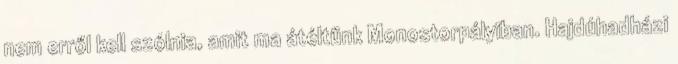
nem erről kell szólnia, amit ma átéltünk Monostorpályiban. Hajdúhadházi